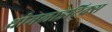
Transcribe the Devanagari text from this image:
थ्रोमलाइटिक्स